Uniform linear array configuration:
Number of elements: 16
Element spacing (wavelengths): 0.75
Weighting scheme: exponential
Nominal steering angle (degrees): -30
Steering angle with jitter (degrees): -30.915
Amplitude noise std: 0.05
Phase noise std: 0.05

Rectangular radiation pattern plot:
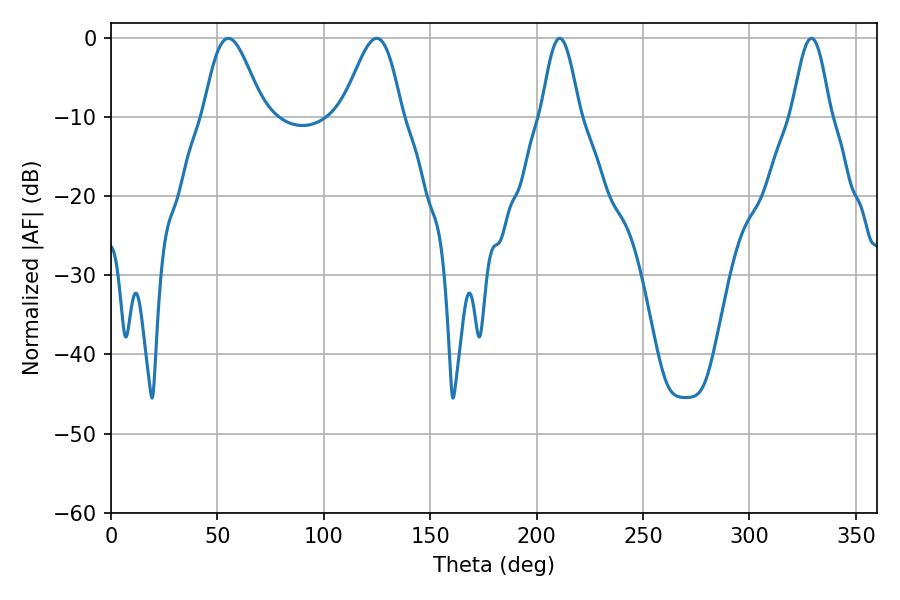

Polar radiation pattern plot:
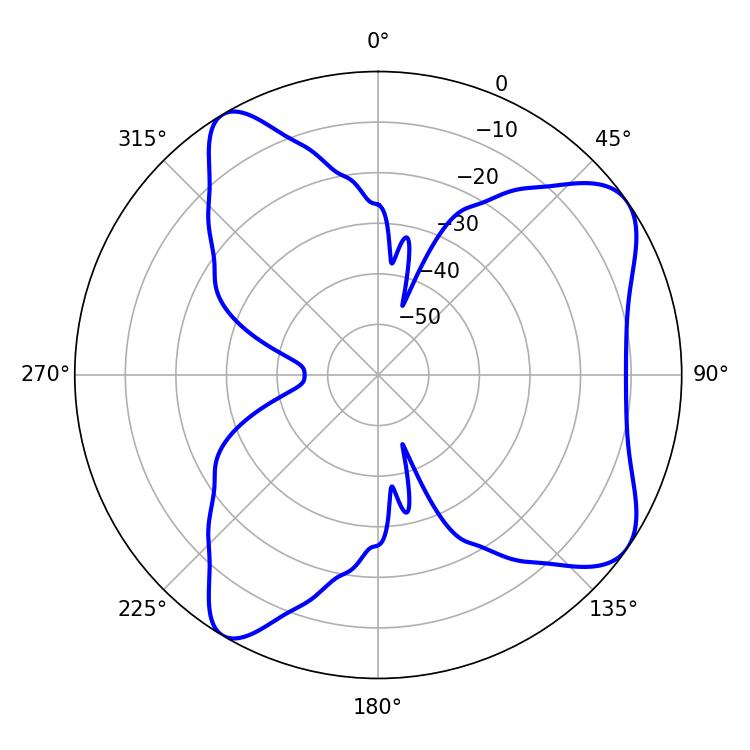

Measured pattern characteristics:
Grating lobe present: TRUE
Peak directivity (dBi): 7.795
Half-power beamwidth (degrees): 14.94
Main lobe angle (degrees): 55.08